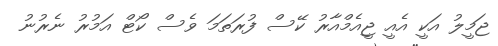
ޖަމީލު އަކީ އެއީ ޖީއެމްއާރު ކޭސް ފުރަތަމަ ވެސް ކޯޓް އަމުރު ނެރުނު